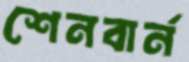
শেনবার্ন